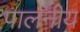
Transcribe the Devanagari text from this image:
पालनीय